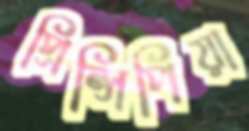
প্রিন্সিপিয়া